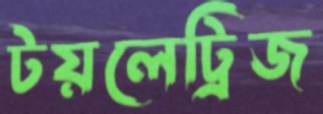
টয়লেট্রিজ